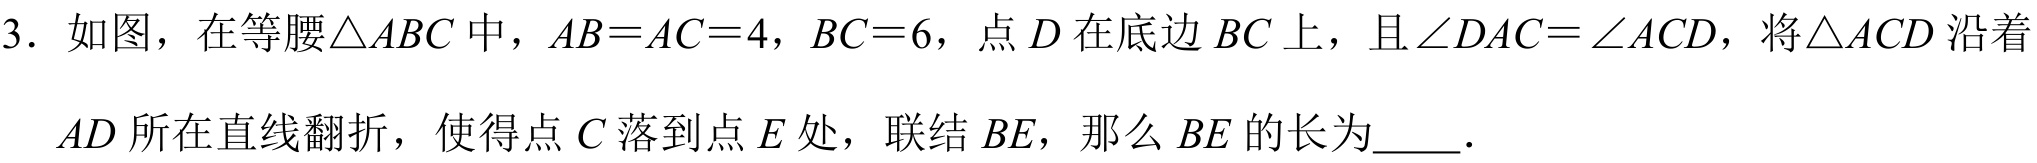
3. 如图，在等腰$\triangle ABC$中，$AB = AC = 4$，$BC = 6$，点$D$在底边$BC$上，且$\angle DAC=\angle ACD$，将$\triangle ACD$沿着
$AD$所在直线翻折，使得点$C$落到点$E$处，联结$BE$，那么$BE$的长为  ．